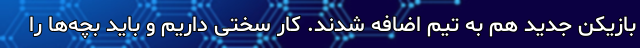
بازیکن جدید هم به تیم اضافه شدند. کار سختی داریم و باید بچه‌ها را